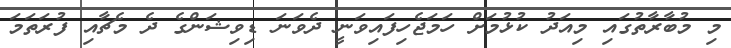
މި މުބާރާތުގައި މިއަދު ކުޅުމަށް ހަމަޖެހިފައިވަނީ ދެވަނަ ޑިވިޝަންގެ ދެ މެޗާއި ފުރަތަމަ